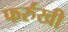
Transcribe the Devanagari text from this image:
फर्रुखी